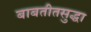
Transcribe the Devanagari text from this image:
बाबतीतसुद्धा